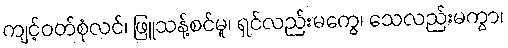
ကျင့်ဝတ်စုံလင်၊ ဖြူသန့်စင်မူ၊ ရှင်လည်းမကွေ၊ သေလည်းမကွာ၊